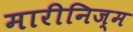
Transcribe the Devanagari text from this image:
मारीनिज्म